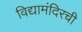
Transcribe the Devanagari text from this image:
विद्यामंदिरची